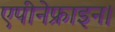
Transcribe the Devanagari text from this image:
एपीनेफ्राइन।